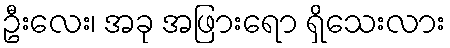
ဦးလေး၊ အခု အဖြားရော ရှိသေးလား